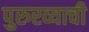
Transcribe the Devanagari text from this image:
पुरुरव्याची